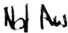
Text: Not Aus